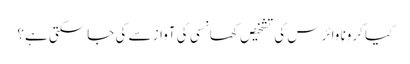
کیا کرونا وائرس کی تشخیص کھانسی کی آواز سے کی جاسکتی ہے؟